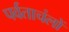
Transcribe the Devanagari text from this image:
पर्वताचंलों